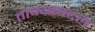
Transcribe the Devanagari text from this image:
ताफ्याबद्दल